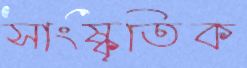
সাংষ্কৃতিক